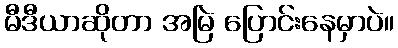
မီဒီယာဆိုတာ အမြဲ ပြောင်းနေမှာပဲ။